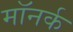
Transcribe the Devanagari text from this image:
मॉनर्क